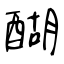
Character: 醐